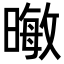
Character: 𪱃